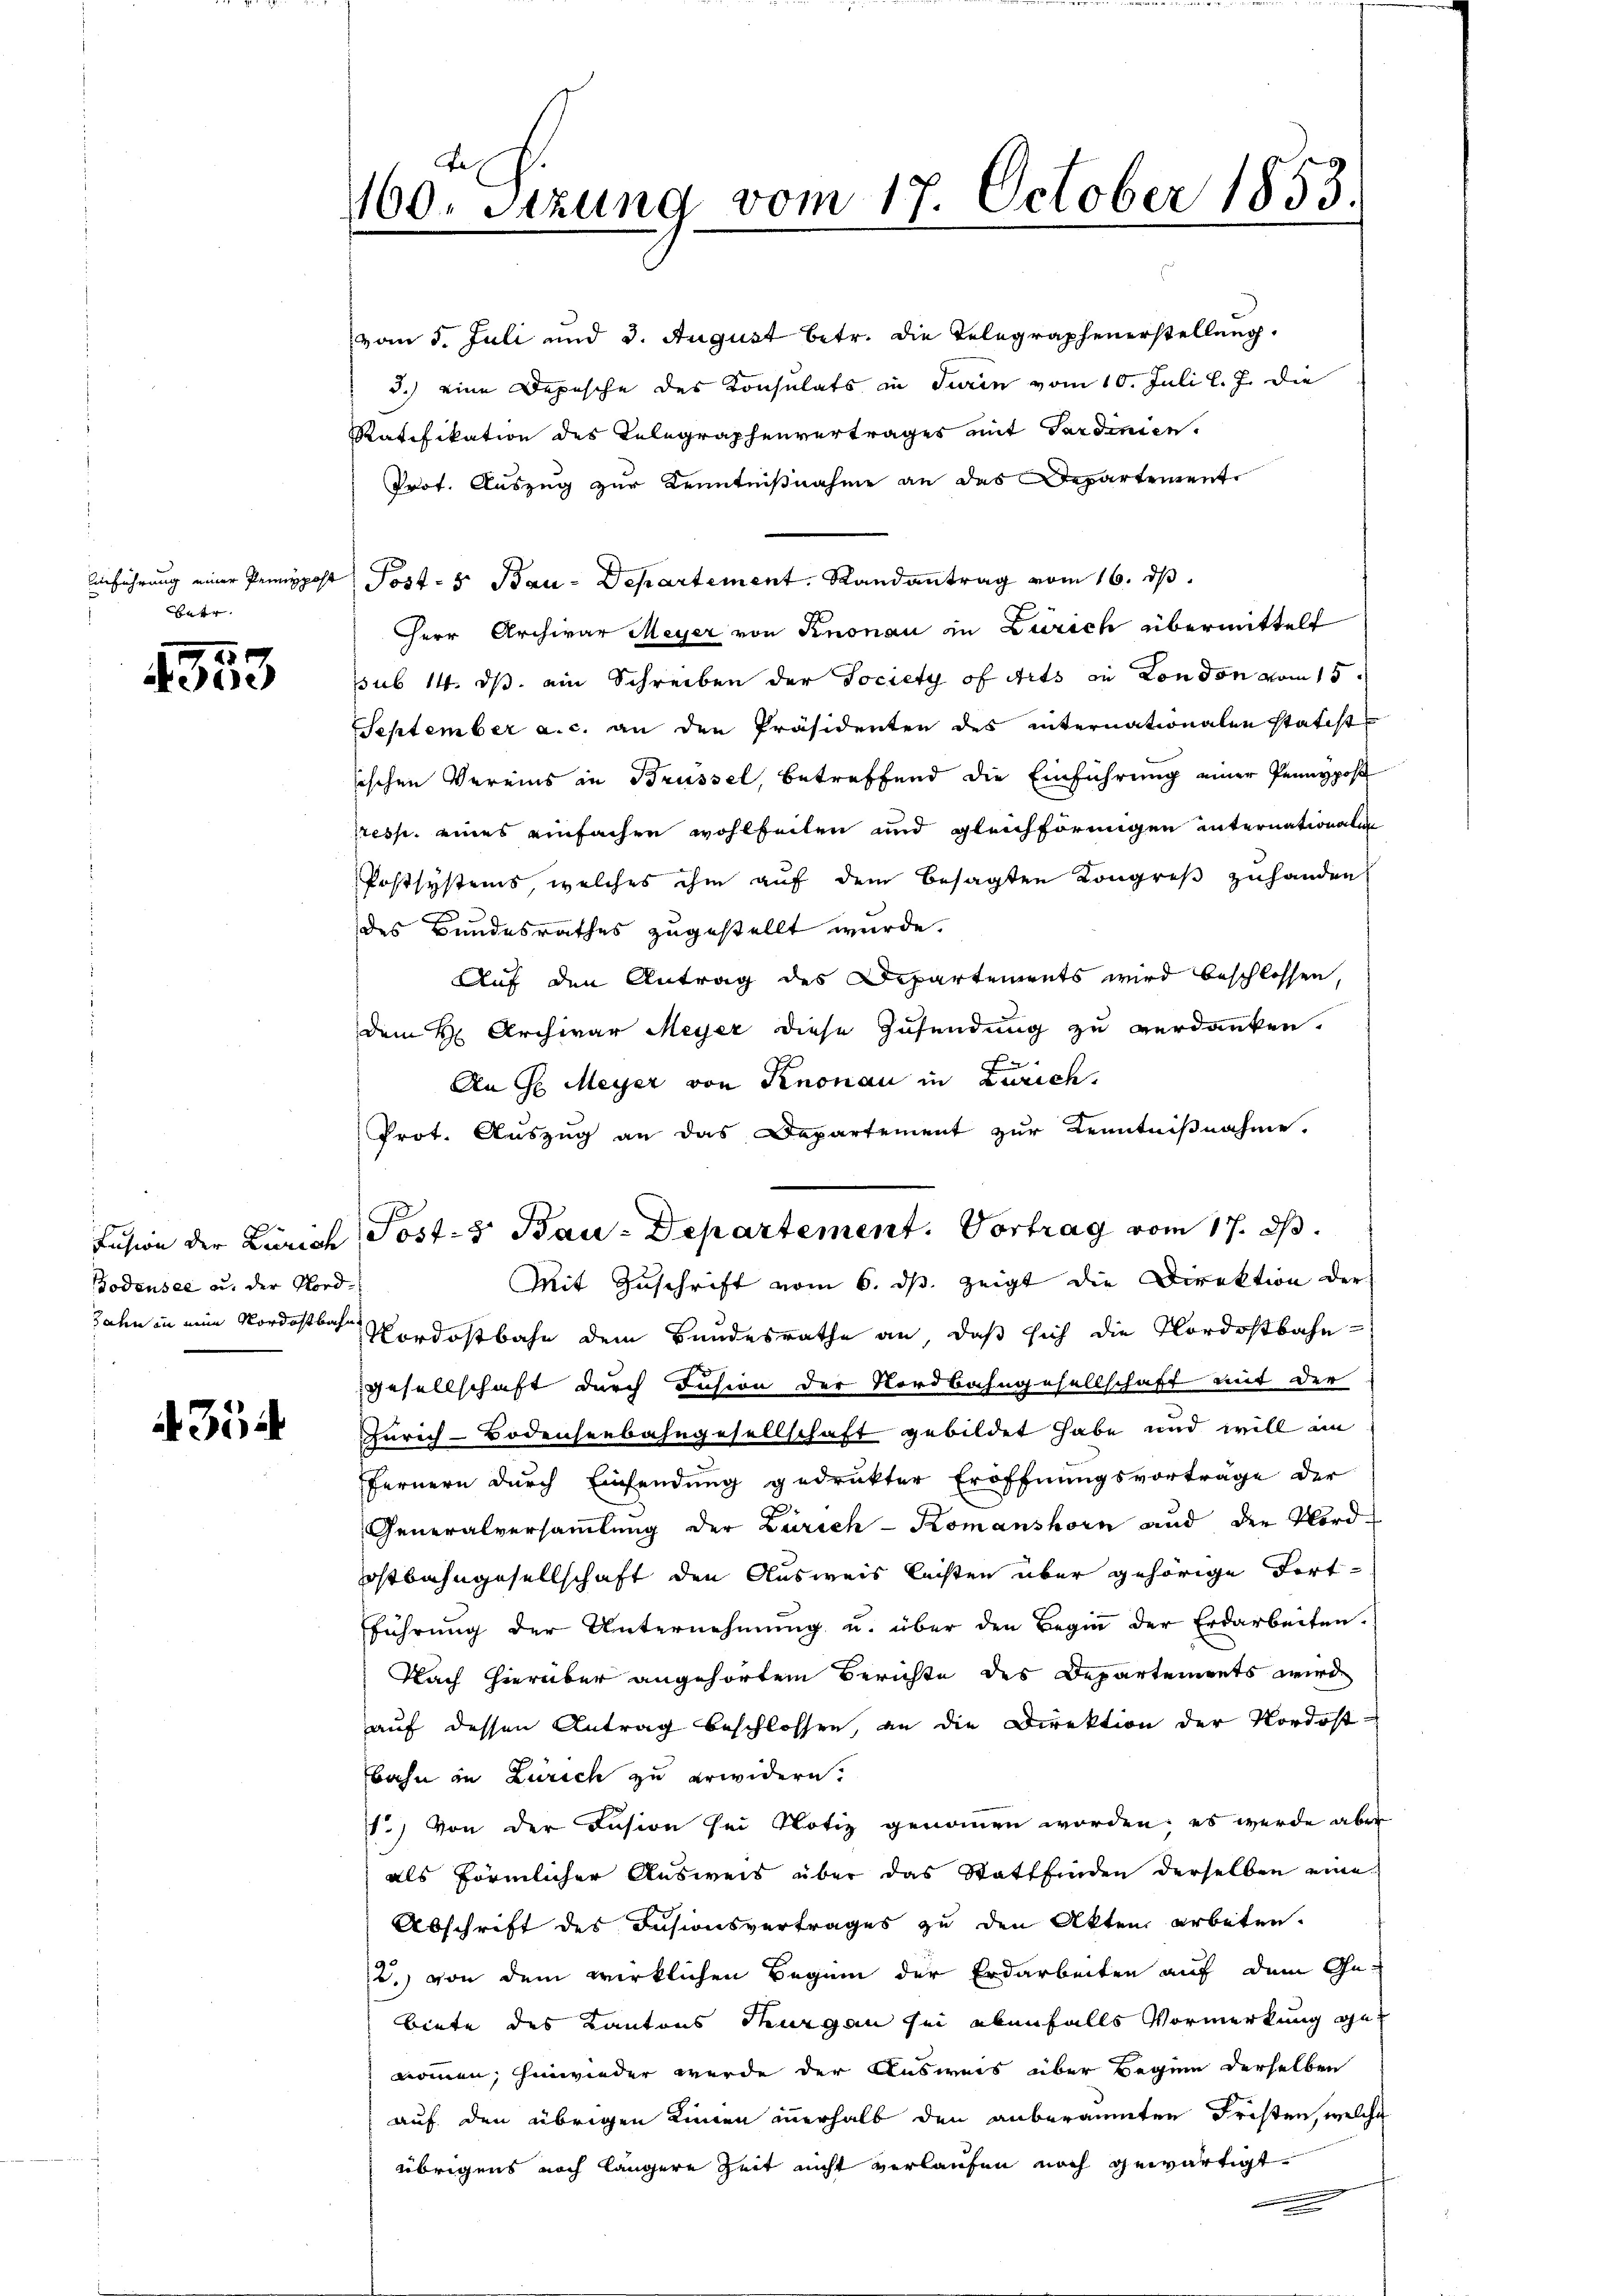
hetr.

120
edene

Bodensee u. der Nord¬

435

160. Sitzung vom 17. October 1853.

vom 5. Juli und 3. August betr. die Telegraphenerstellung.
3.) eine Depesche des Konsulats in Turin vom 10. Juli l. J. die
Ratifikation des Telegraphenvertrages mit Sardinien.
Prot. Auszug zur Kenntnißnahme an das Departement
Einführung einer Preispost Post- u Bau-Departement. Randantrag vom 16. dβ.
Herr Archivar Meyer von Knonau in Zürich übermittelt
ssub 14. ds. ein Schreiben der Society of Arts in London vom 15ten
September a. c. an den Präsidenten des internationalen statist
sischen Vereins in Brüssel, betreffend die Einführung einer Pennpost
rresp. eines einfachen wohlfeilen und gleichförmigen internationalen
Postsystems, welches ihm auf dem besagten Kongreß zuhanden
des Bundesrathes zugestellt wurde.
Auf den Antrag des Departements wird beschlossen,
dem H. Archivar Meyer diese Zusendung zu verdanken.
c
An G. Meyer von Knonau in Zürich.
Prot. Aŭszŭg an das Departement zur Kenntniβnahme.
Mit Zuschrift vom 6. ds. zeigt die Direktion der
Jahn in eine Nordostbahn Verdostbahn dem Bundesrathe an, daß sich die Nordostbahn
Gesellschaft durch Insion der Nordbahngesellschaft mit der
Zürich-Bodenseebahngesellschaft gebildet habe und will in
Fernern durch Einsendung gedrukter Eröffnungsvorträge der
Generalversammlung der Zürich - Komanshorn und den Nordostbahngesellschaft den Ausweis leisten über gehörige Fortführung der Unternehmung u. über den Begin der Erdarbeiten.
Nach hierüber angehörtem Berichte des Departements wird
auf dessen Antrag beschlossen, an die Direktion der Nordostbahn in Zürich zu erwidern.
1.) Von der Kasion sei Notiz genommen worden; es werde aber
als förmlicher Ausweis über das Stattfinden derselben eine
Abschrift des Insionsvertrages zu den Akten arbeten.
2.) von dem wirklichen Beginn der Erdarbeiten auf dem Ge-
biete des Kantons Thurgan sei ebenfalls Vormerkung ge
nommen, hinwieder wurde der Ausweis über Beginn derselben
auf den übrigen Linnen innerhalb den anberäumten Fristen, welche
übrigens noch längere Zeit nicht verlaufen noch gewärtigt
e

Fusion der Zürich Post- & Bau-Departement. Vortrag vom 17. ds.